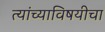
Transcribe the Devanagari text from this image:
त्यांच्याविषयीचा